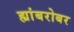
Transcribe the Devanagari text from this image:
ह्यांबरोबर